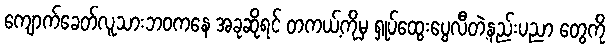
ကျောက်ခေတ်လူသားဘဝကနေ အခုဆိုရင် တကယ့်ကိုမှ ရှုပ်ထွေးပွေလီတဲ့နည်းပညာ တွေကို